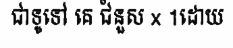
ជាទូទៅ គេ ជំនួស x 1ដោយ